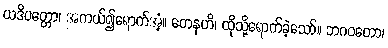
ယဒိပတ္တော၊ အကယ်၍ရောက်အံ့။ တေနဟိ၊ ထိုသို့ရောက်ခဲ့သော်။ ဘဂဝတော၊